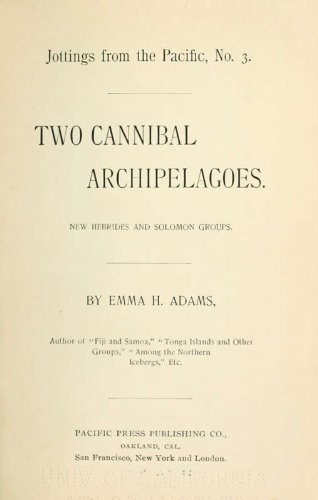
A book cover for Two Cannibal Archipelagoes: New Hebrides And Solomon Groups; Emma H. Emma Hildreth Adams; Travel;